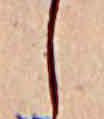
し